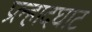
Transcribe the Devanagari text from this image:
प्रल्हादघाट